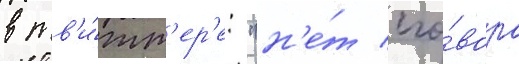
в тв'и́тт'ер'е: "н'е́т сго́вора